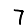
Digit: 7